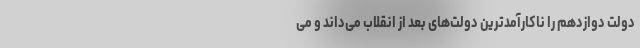
دولت دوازدهم را ناکارآمدترین دولت‌های بعد از انقلاب می‌داند و می‌